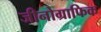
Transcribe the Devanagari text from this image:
जीनोग्राफिक